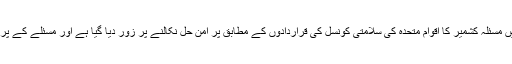
کمیٹی میں پیش کئے جانے والی قرارداد کے مسودے میں مسئلہ کشمیر کا اقوام متحدہ کی سلامتی کونسل کی قراردادوں کے مطابق پر امن حل نکالنے پر زور دیا گیا ہے اور مسئلے کے پر امن حل کے لئے پاکستان کی کاوشوں کو سراہا گیا ہے۔